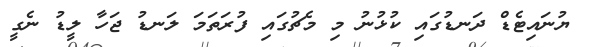
ޔުނައިޓެޑް ދަނޑުގައި ކުޅުނު މި މެޗުގައި ފުރަތަމަ ލަނޑު ޖަހާ ލީޑު ނެގީ